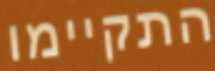
התקיימו